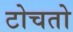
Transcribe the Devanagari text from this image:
टोचतो